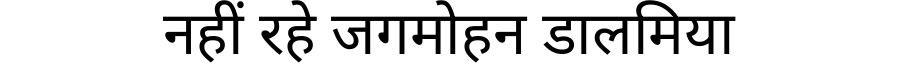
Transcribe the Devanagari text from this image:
नहीं रहे जगमोहन डालमिया